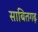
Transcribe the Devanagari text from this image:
साबितगढ़